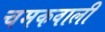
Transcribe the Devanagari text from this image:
चमकवाली